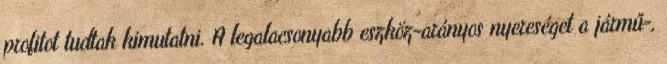
profitot tudtak kimutatni. A legalacsonyabb eszköz-arányos nyereséget a jármű-,